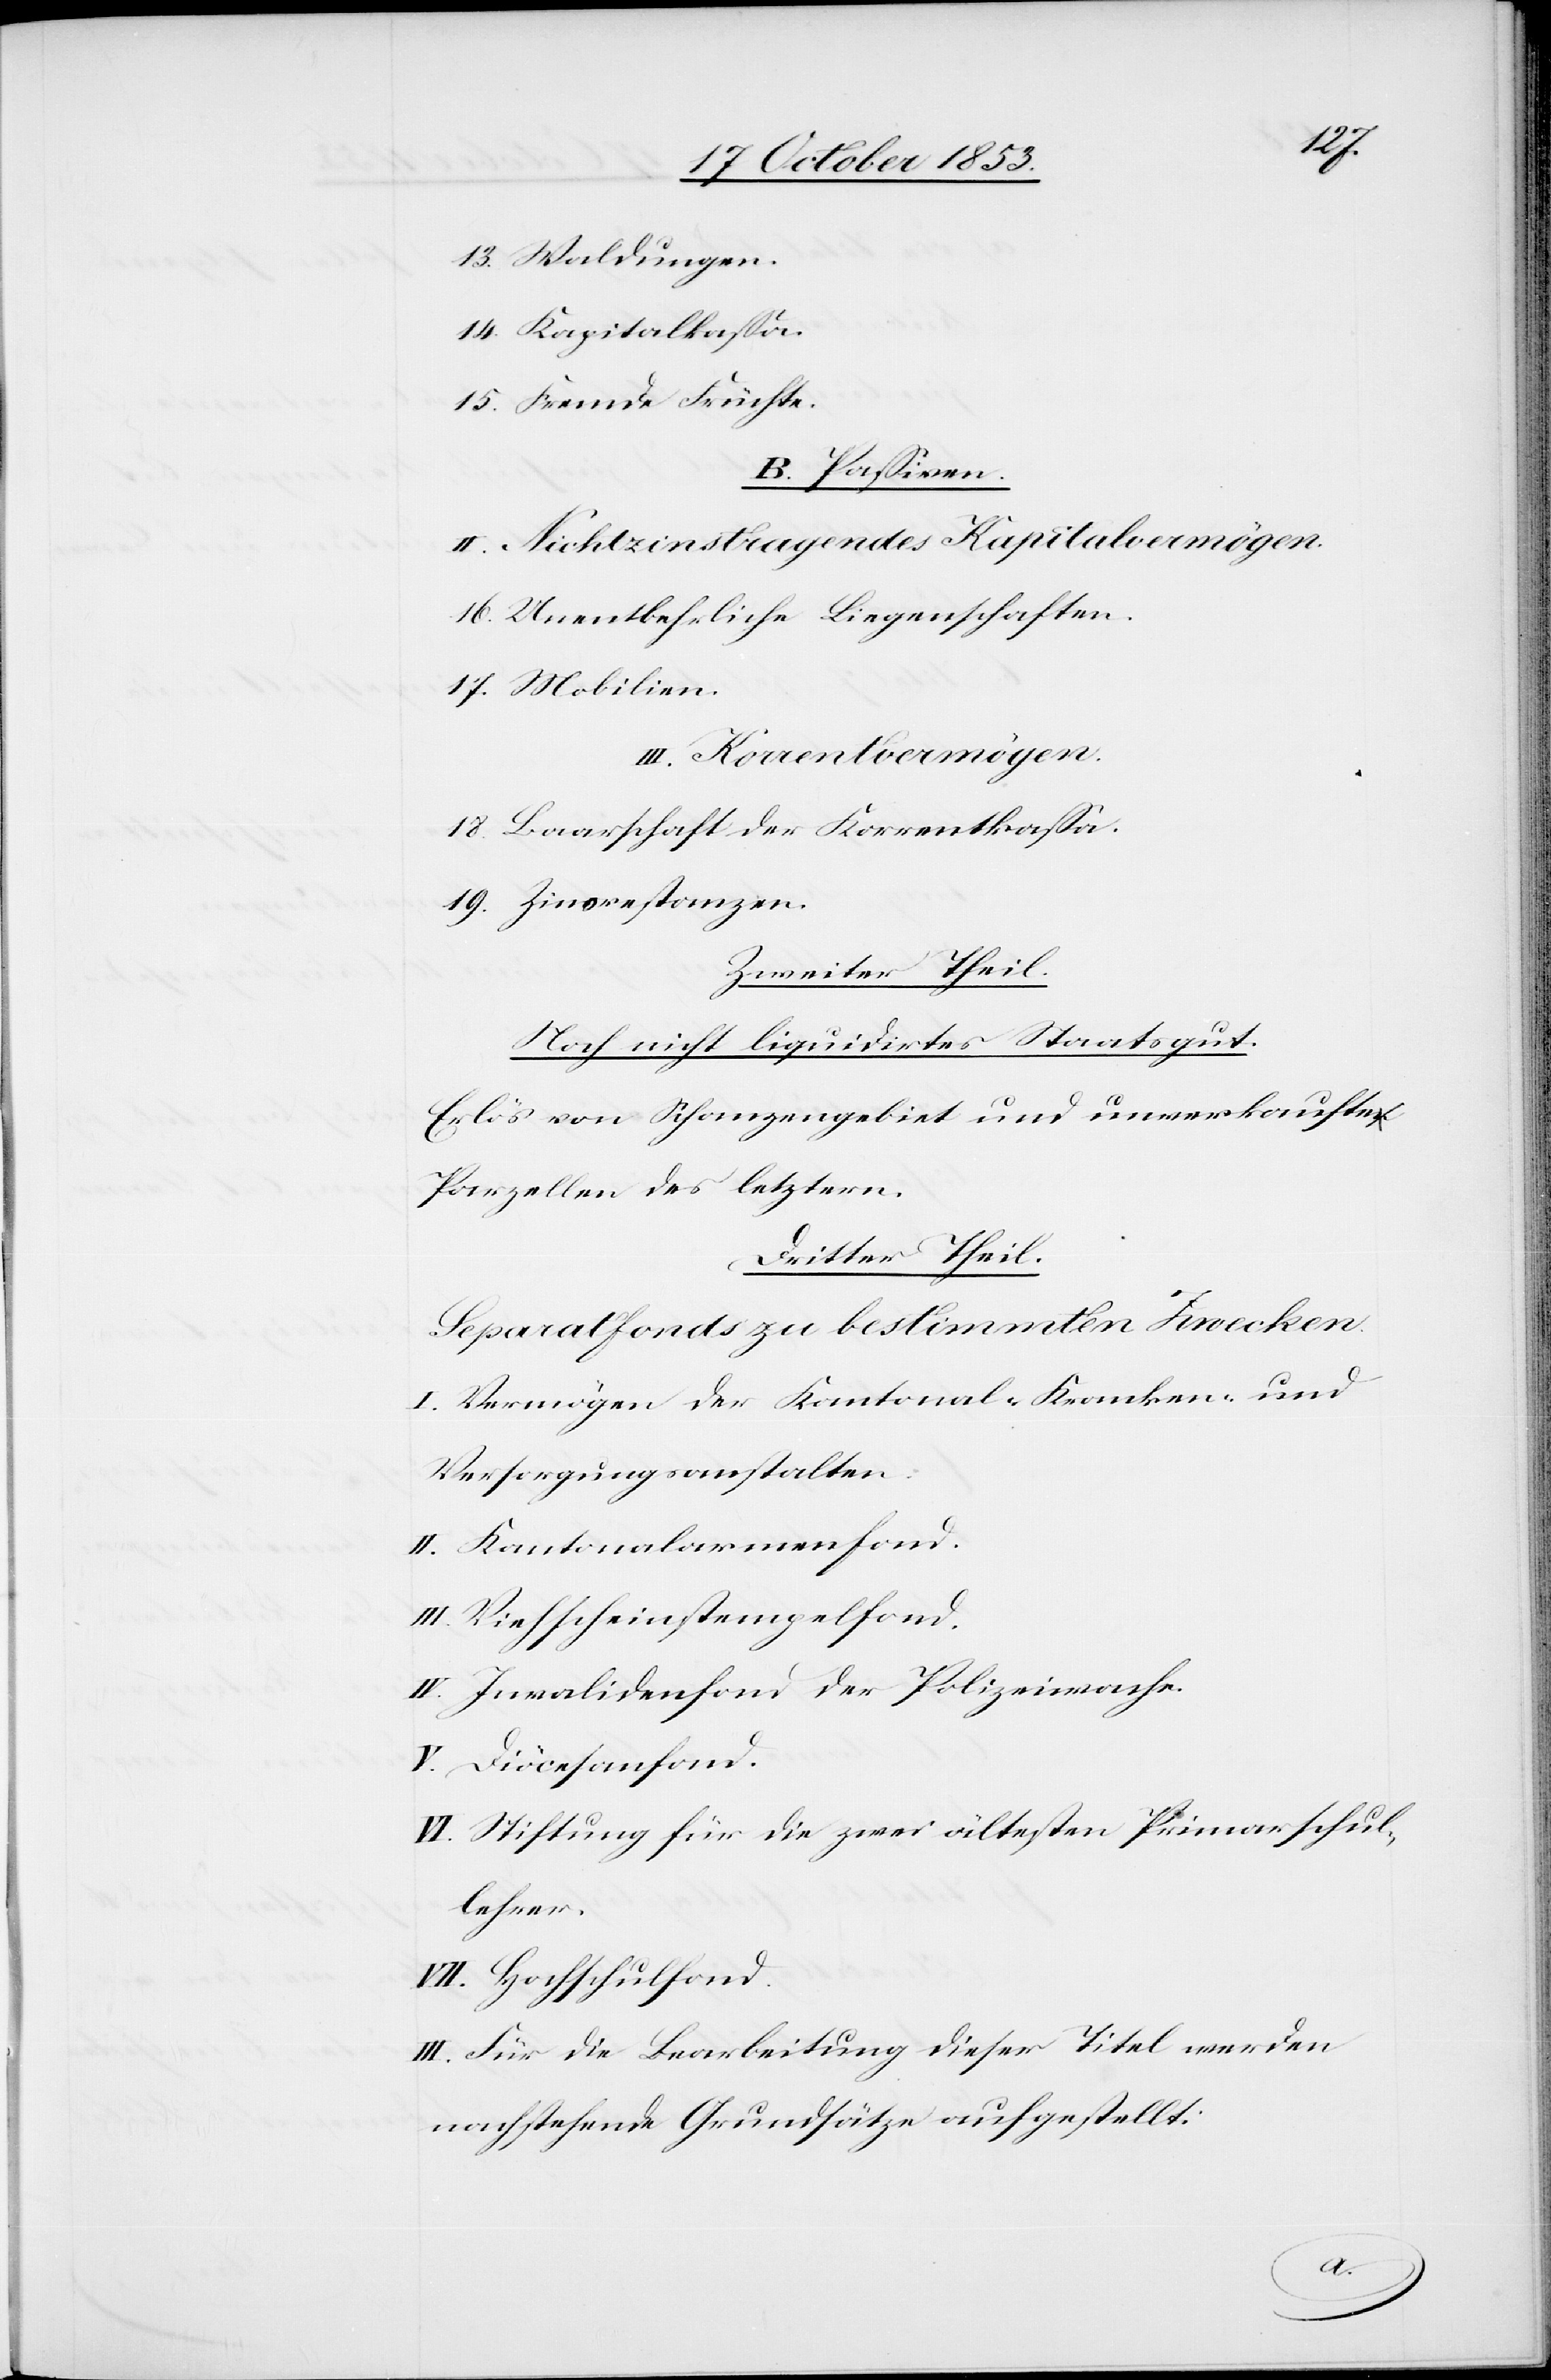
13. Waldungen.
14. Kapitalkaßa.
15. Fremde Früchte.
B. Paßiven.
II. Nichtzinstragendes Kapitalvermögen.
16. Unentbehrliche Liegenschaften.
17. Mobilien.
III. Korrentvermögen.
18. Baarschaft der Korrentkaßa.
19. Zinsrestanzen.
Zweiter Theil.
Noch nicht liquidirtes Staatsgut.
Erlös von Schanzengebiet und unverkauften
Parzellen des letztern.
Dritter Theil.
Separatfonds zu bestimmten Zwecken.
I. Vermögen der Kantonal-Kranken- und
Versorgungsanstalten:
II. Kantonalarmenfond.
III. Viehscheinstempelfond.
IV. Invalidenfond der Polizeiwache.
V. Diöcesenfond.
VI. Stiftung für die zwei ältesten Primarschul¬
lehrer.
VII. Hochschulfond.
III. Für die Baarleistung dieser Titel werden
nachstehende Grundsätze aufgestellt.